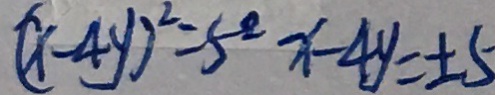
( x - 4 y ) ^ { 2 } = 5 ^ { 2 } x - 4 y = \pm 5